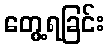
တွေ့ရခြင်း